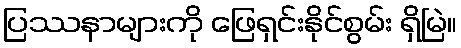
ပြဿနာများကို ဖြေရှင်းနိုင်စွမ်း ရှိမြဲ။